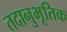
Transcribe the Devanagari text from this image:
तदानुभूतिक